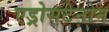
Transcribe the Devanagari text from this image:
एड्रोसटेनोन